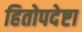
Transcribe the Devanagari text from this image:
हितोपदेष्टा